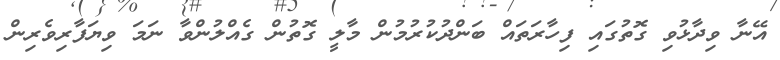
އޭނާ ވިދާޅުވި ގޮތުގައި ފިހާރަތައް ބަންދުކުރުމުން މާލީ ގޮތުން ގެއްލުންވާ ނަމަ ވިޔަފާރިވެރިން